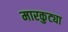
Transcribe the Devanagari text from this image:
मारकुट्या